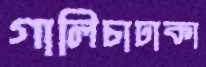
গালিচাঢাকা